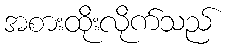
အစားထိုးလိုက်သည်